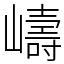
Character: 嶹